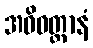
အဓိဝတ္ထာနံ